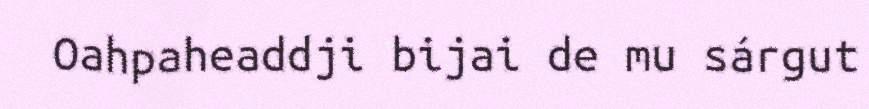
Oahpaheaddji bijai de mu sárgut